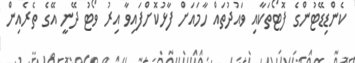
ކެންޑިޑޭޓުންގެ ފޮޓޯތަކާއި ވައުދުތައް ހާމައަށް ފާޅުކޮށްފައިވާ އިރު ވޯޓު ދޭނީ އޭގެ ތެރެއިން